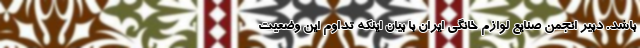
باشد. دبیر انجمن صنایع لوازم خانگی ایران با بیان اینکه تداوم این وضعیت